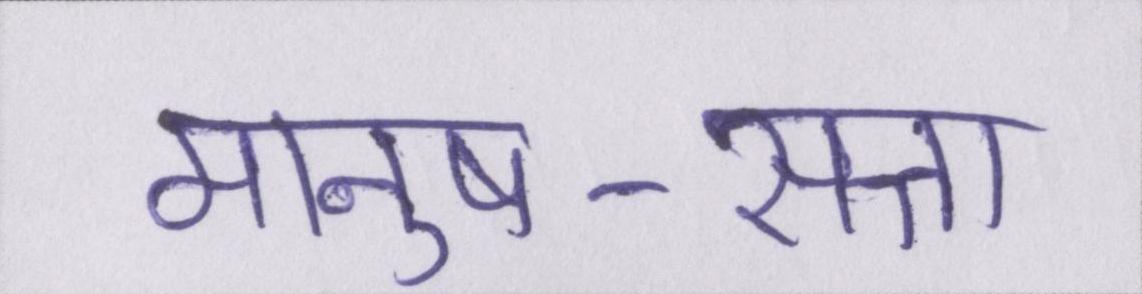
मानुष-सत्ता